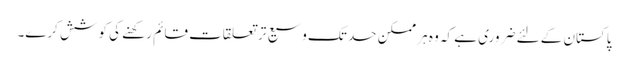
پاکستان کے لئے ضروری ہے کہ وہ ہر ممکن حد تک وسیع تر تعلقات قائم رکھنے کی کوشش کرے۔